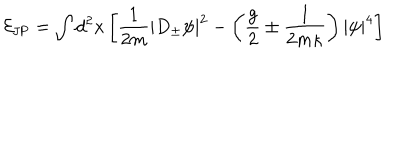
{ \cal E } _ { \mathrm { J P } } = \int d ^ { 2 } x \left[ \frac { 1 } { 2 m } | D _ { \pm } \psi | ^ { 2 } - \left( \frac { g } { 2 } \pm \frac { 1 } { 2 m \kappa } \right) | \psi | ^ { 4 } \right]